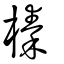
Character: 榛